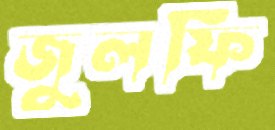
জুলফি